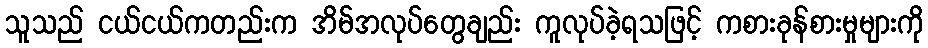
သူသည် ငယ်ငယ်ကတည်းက အိမ်အလုပ်တွေချည်း ကူလုပ်ခဲ့ရသဖြင့် ကစားခုန်စားမှုများကို